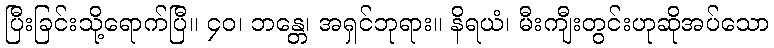
ပြီးခြင်းသို့ရောက်ပြီ။ ၄၀၊ ဘန္တေ၊ အရှင်ဘုရား။ နိရယံ၊ မီးကျီးတွင်းဟုဆိုအပ်သော